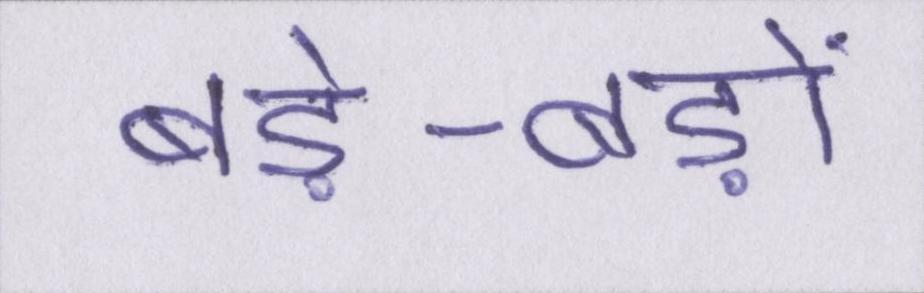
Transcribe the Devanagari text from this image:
बड़े-बड़ों